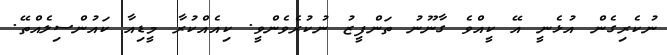
ނުކެރިގެން އުޅެނީ އޭ ކީއްވެ ގާނޫނު ތަންފީޒު ނުކުރެވެންވީ. ކިއެއްކުރާ މީޑިއާ ކައުންސިލެއްތޭ.